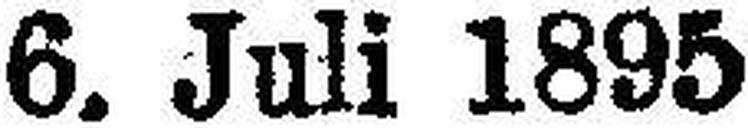
6. Juli 1895